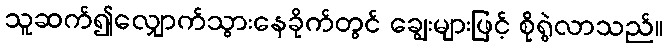
သူဆက်၍လျှောက်သွားနေခိုက်တွင် ချွေးများဖြင့် စိုရွဲလာသည်။